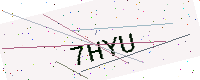
Text: 7HYU